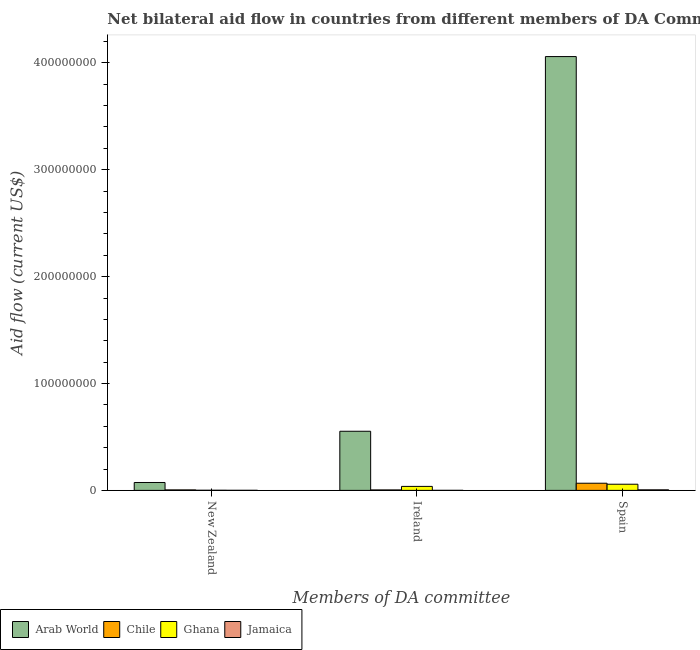
| Members of DA committee | Arab World | Chile | Ghana | Jamaica |
 | --- | --- | --- | --- | --- |
 | New Zealand | 7.39e+06 | 4.6e+05 | 1.2e+05 | 6e+04 |
 | Ireland | 5.53e+07 | 4.3e+05 | 3.74e+06 | 4e+04 |
 | Spain | 4.06e+08 | 6.7e+06 | 5.77e+06 | 5.2e+05 |